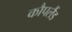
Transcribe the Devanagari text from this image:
कौपलैंड